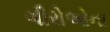
ગીરોઓના